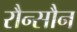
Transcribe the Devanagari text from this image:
रौन्सौन